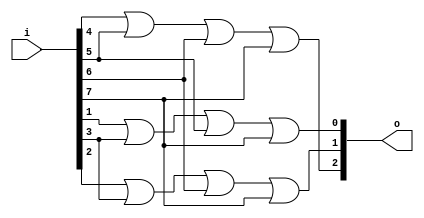
module encoder8to3(i, o);

input [7:0] i;
output [2:0] o;
wire [2:0] o;

// SoP Combinational Logic
assign o[0] = i[1] | i[3] | i[5] | i[7];
assign o[1] = i[2] | i[3] | i[6] | i[7];
assign o[2] = i[4] | i[5] | i[6] | i[7];

endmodule